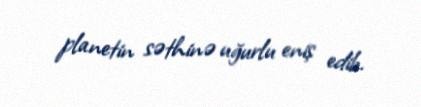
planetin səthinə uğurlu eniş edib.